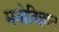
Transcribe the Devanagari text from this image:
मनोविज्ञान